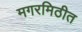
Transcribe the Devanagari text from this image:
मगरमिठीत